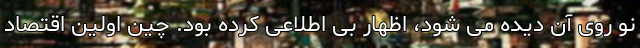
نو روی آن دیده می شود، اظهار بی اطلاعی کرده بود. چین اولین اقتصاد